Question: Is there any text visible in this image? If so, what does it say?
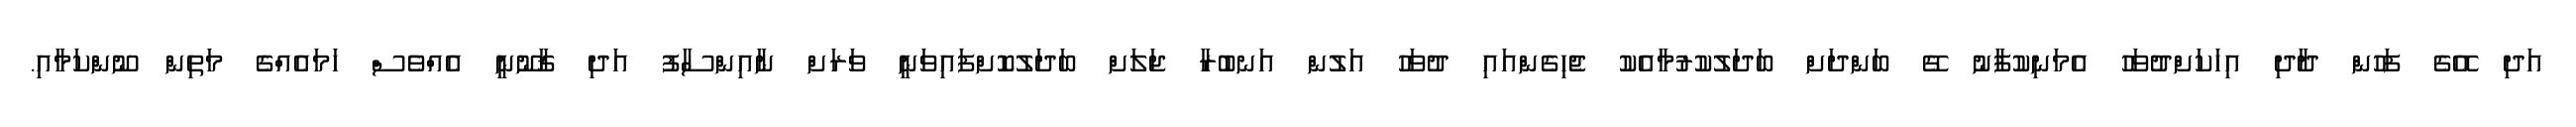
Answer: އަދި އޭގެ ފަހުން ދާދި އިހަކަށްދުވަހު އެމަނިކުފާނު ގޭ ބަންދަށް ބަދަލުކުރުމާއެކު ޖެހިގެންއައި ދުވަހު އަލުން އަނބުރާ ޖަލަށް ބަދަލުކޮށްފައިވަނީ ވަރަށް ނާއިންސާފު އަދި ޤާނޫނީ އެއްވެސް ހަމައެއްގެ މަތިން ނޫންކަމާއި.